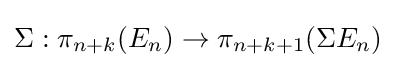
\Sigma :\pi _{n+k}(E_{n})\to \pi _{n+k+1}(\Sigma E_{n})